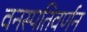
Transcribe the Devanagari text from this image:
वनस्पतिवर्णन